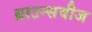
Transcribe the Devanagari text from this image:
ब्राउन्सवीज